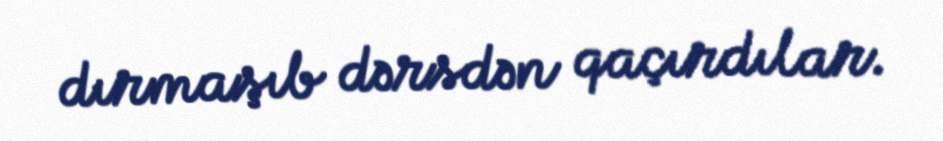
dırmaşıb dərsdən qaçırdılar.